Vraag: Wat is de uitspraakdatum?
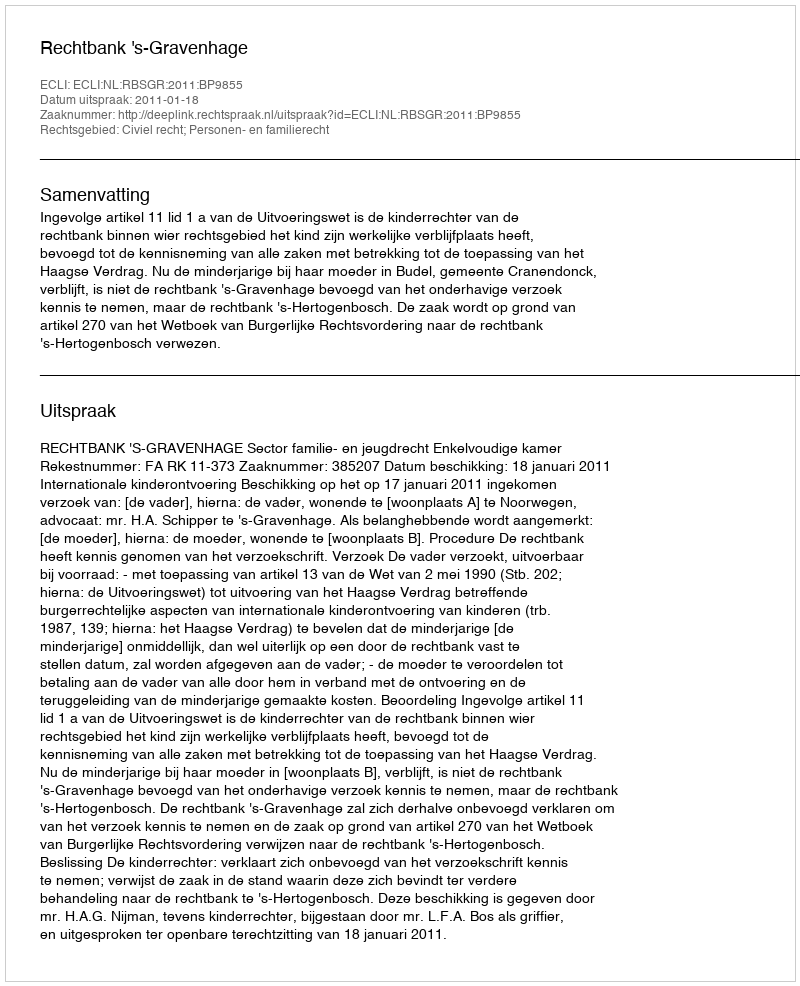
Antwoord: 2011-01-18